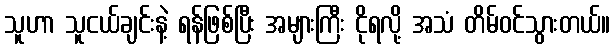
သူဟာ သူငယ်ချင်းနဲ့ ရန်ဖြစ်ပြီး အများကြီး ငိုရလို့ အသံ တိမ်ဝင်သွားတယ်။